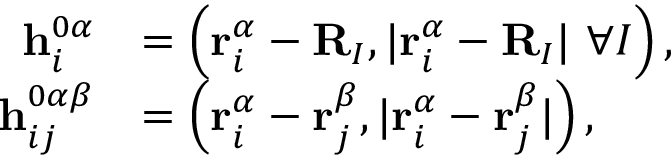
\begin{array} { r l } { \mathbf { h } _ { i } ^ { 0 \alpha } } & { = \left( \mathbf { r } _ { i } ^ { \alpha } - \mathbf { R } _ { I } , | \mathbf { r } _ { i } ^ { \alpha } - \mathbf { R } _ { I } | \ \forall I \right) , } \\ { \mathbf { h } _ { i j } ^ { 0 \alpha \beta } } & { = \left( \mathbf { r } _ { i } ^ { \alpha } - \mathbf { r } _ { j } ^ { \beta } , | \mathbf { r } _ { i } ^ { \alpha } - \mathbf { r } _ { j } ^ { \beta } | \right) , } \end{array}